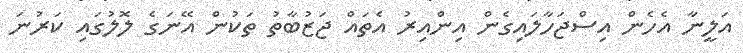
އަލީނާ އެހެން އިސްޖަހާލައިގެން އިންއިރު އެތައް ޖަޒުބާތު ތަކުން އޭނަގެ ލޮލުގައި ކަރުނަ